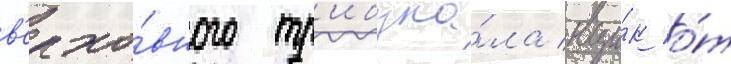
в'ерхо́вного тр'ибуна́ла вци́к о́т